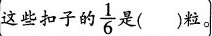
这些扣子的 \frac{1}{6} 是()粒。